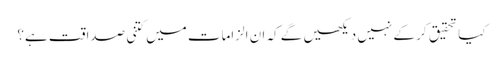
کیا تحقیق کر کے نہیں دیکھیں گے کہ ان الزامات میں کتنی صداقت ہے؟